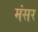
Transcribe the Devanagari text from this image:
मंसर